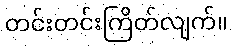
တင်းတင်းကြိတ်လျက်။